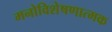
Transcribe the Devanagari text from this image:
मनोविशेषणात्मक